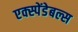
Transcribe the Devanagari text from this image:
एक्स्पेंडेबल्स